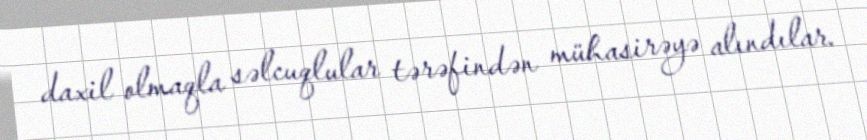
daxil olmaqla səlcuqlular tərəfindən mühasirəyə alındılar.